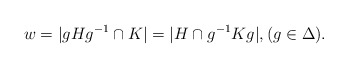
\begin{align*}w = \vert gHg^{-1} \cap K\vert = \vert H \cap g^{-1} K g\vert,(g\in \Delta).\end{align*}